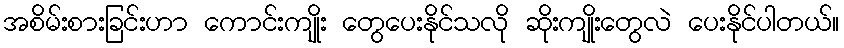
အစိမ်းစားခြင်းဟာ ကောင်းကျိုး တွေပေးနိုင်သလို ဆိုးကျိုးတွေလဲ ပေးနိုင်ပါတယ်။